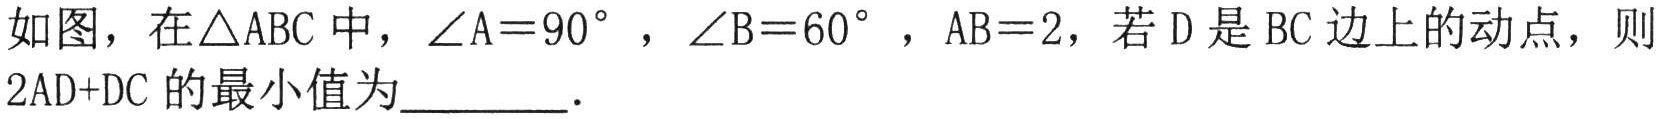
如图，在\(\triangle ABC\)中，\(\angle A = 90^{\circ}\)，\(\angle B = 60^{\circ}\)，\(AB = 2\)，若\(D\)是\(BC\)边上的动点，则\(2AD + DC\)的最小值为  ．